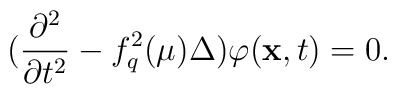
(\frac{\partial ^2}{\partial t^2}-f_{q}^{2}(\mu)\Delta)\varphi (\hbox {\bf x},t)=0.